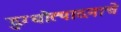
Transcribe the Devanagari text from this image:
दुग्धोत्पादनाचे